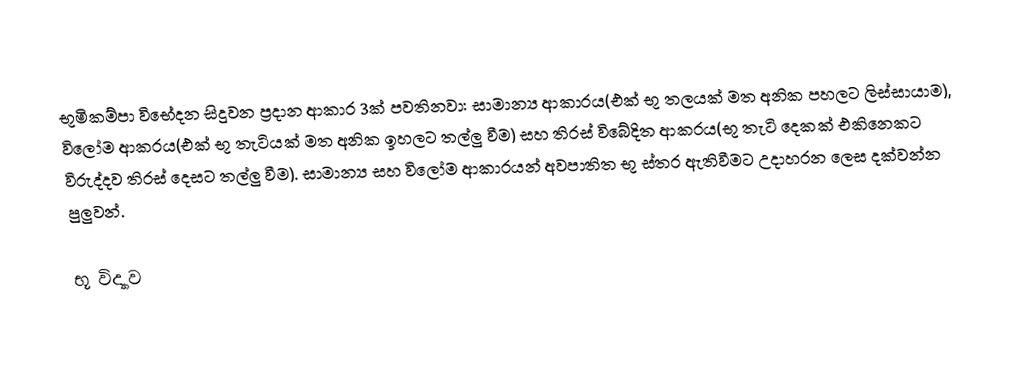
භූමිකම්පා විභේදන සිදුවන ප්‍රදාන ආකාර 3ක් පවතිනවා: සාමාන්‍ය ආකාරය(එක් භූ තලයක් මත අනික පහලට ලිස්සායාම), විලෝම ආකරය(එක් භූ තැටියක් මත අනික ඉහලට තල්ලු වීම) සහ තිරස් විබේදිත ආකරය(භූ තැටි දෙකක් එකිනෙකට විරුද්දව තිරස් දෙසට තල්ලු වීම). සාමාන්‍ය සහ විලෝම ආකාරයන් අවපාතිත භූ ස්තර ඇතිවීමට උදාහරන ලෙස දක්වන්න පුලුවන්.

භූ විද්‍යාව